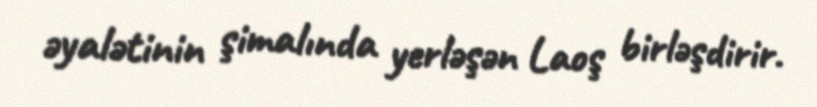
əyalətinin şimalında yerləşən Laoş birləşdirir.